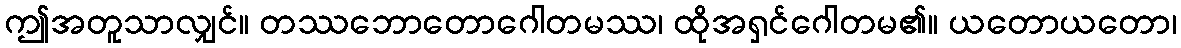
ဤအတူသာလျှင်။ တဿဘောတောဂေါတမဿ၊ ထိုအရှင်ဂေါတမ၏။ ယတောယတော၊